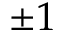
\pm 1